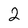
Character: 2